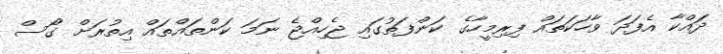
ދައްކާ އެފަދަ ވާހަކަތައް ފިރިމީހާގެ ކަންފަތުގައި ޖެހިއްޖެ ނަމަ ކަންތައްތައް އިތުރަށް ގޯސް